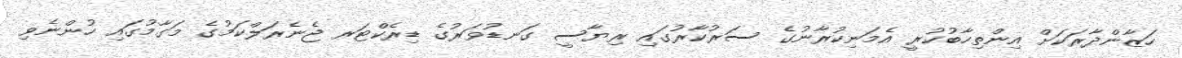
ހަޒާންދާރަކަށް އިންތިހާބުކުރީ އެމަނިކުރާނުގެ ސަރުކާރުގައި ރިޔާސީ ގަނޑުވަރުގެ ޑިރެކްޓަރ ޖެނެރަލްކަމުގެ މަގާމުގައި ހުންނެވި